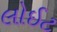
લોઈટ